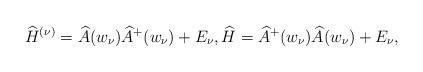
\begin{gather*} \widehat{H}^{(\nu) }=\widehat{A} ( w_{\nu } ) \widehat{ A}^{+} (w_{\nu }) +E_{\nu }, \widehat{H}=\widehat{A}^{+}( w_{\nu }) \widehat{A} ( w_{\nu } ) +E_{\nu }, \end{gather*}